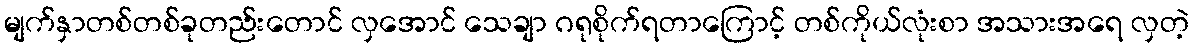
မျက်နှာတစ်တစ်ခုတည်းတောင် လှအောင် သေချာ ဂရုစိုက်ရတာကြောင့် တစ်ကိုယ်လုံးစာ အသားအရေ လှတဲ့